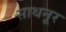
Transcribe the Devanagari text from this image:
साथनूर